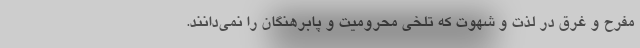
مفرح و غرق در لذت و شهوت که تلخی محرومیت و پابرهنگان را نمی‌دانند.